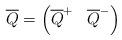
LaTeX: \begin{align*}\overline{Q} = \left( \overline{Q}^+ \; \; \; \overline{Q}^- \right)\end{align*}